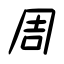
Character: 周